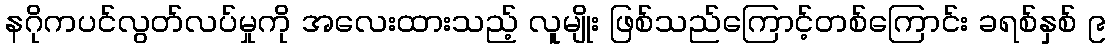
နဂိုကပင်လွတ်လပ်မှုကို အလေးထားသည့် လူမျိုး ဖြစ်သည်ကြောင့်တစ်ကြောင်း ခရစ်နှစ် ၉